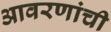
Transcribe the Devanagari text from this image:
आवरणांची